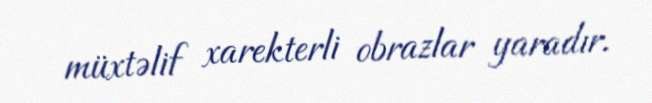
müxtəlif xarekterli obrazlar yaradır.